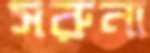
সরুনা